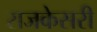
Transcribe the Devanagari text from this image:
राजकेसरी